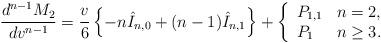
LaTeX: \begin{align*} \frac{d^{n-1}M_2}{dv^{n-1}}=\frac{v}{6}\left\{-n\hat{I}_{n,0}+(n-1)\hat{I}_{n,1}\right\}+\left\{ \begin{array}{ll} P_{1,1} & n=2,\\ P_1 & n\geq 3. \end{array}\right.\end{align*}